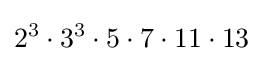
2^{3}\cdot 3^{3}\cdot 5\cdot 7\cdot 11\cdot 13